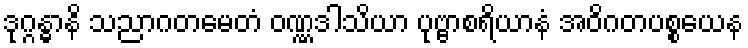
ဒုဂ္ဂန္ဓာနိ သညာဂတမေတံ ဝဏ္ဏဒါသိယာ ပုဗ္ဗာစရိယာနံ အဝိဂတပစ္စယေန